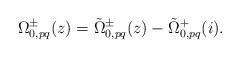
LaTeX: \begin{align*}\Omega^{\pm}_{0,pq}(z)=\tilde\Omega^{\pm}_{0,pq}(z)-\tilde\Omega^{+}_{0,pq}(i).\end{align*}